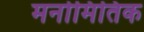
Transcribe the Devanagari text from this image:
मनोमितिक